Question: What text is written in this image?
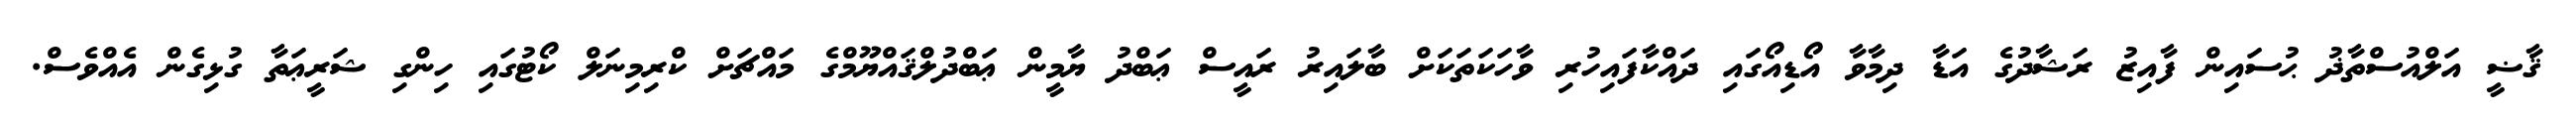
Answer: ޤާޟީ އަލްއުސްތާޛު ޙުސައިން ފާއިޒު ރަޝާދުގެ އަޑާ ދިމާވާ އޯޑިއޯގައި ދައްކާފައިހުރި ވާހަކަތަކަށް ބާލައިރު ރައީސް ޢަބްދު ޔާމީން ޢަބްދުލްޤައްޔޫމްގެ މައްޗަށް ކްރިމިނަލް ކޯޓުގައި ހިންގި ޝަރީޢަތާ ގުޅިގެން އެއްވެސް.